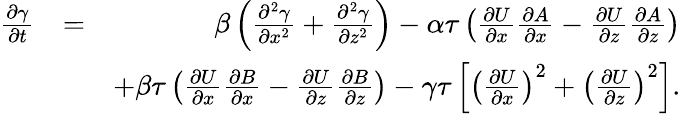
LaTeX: \begin{array}{rlr}{\frac{\partial\gamma}{\partial t}}&{=}&{\beta\left({\frac{\partial^{2}\gamma}{\partial x^{2}}+\frac{\partial^{2}\gamma}{\partial z^{2}}}\right)-\alpha\tau\left({\frac{\partial U}{\partial x}\frac{\partial A}{\partial x}-\frac{\partial U}{\partial z}\frac{\partial A}{\partial z}}\right)}\\ &{}&{+\beta\tau\left({\frac{\partial U}{\partial x}\frac{\partial B}{\partial x}-\frac{\partial U}{\partial z}\frac{\partial B}{\partial z}}\right)-\gamma\tau\left[{\left({\frac{\partial U}{\partial x}}\right)^{2}+\left({\frac{\partial U}{\partial z}}\right)^{2}}\right].}\end{array}